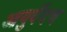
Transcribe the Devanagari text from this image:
आयुर्वेदच